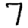
Digit: 7